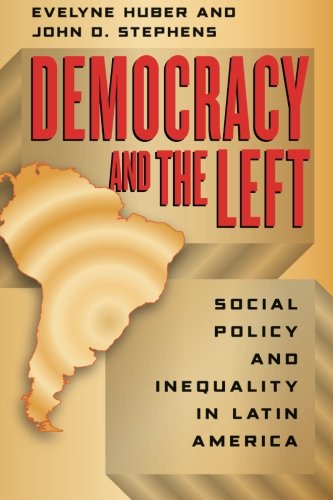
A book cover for Democracy and the Left: Social Policy and Inequality in Latin America; Evelyne Huber; Business & Money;